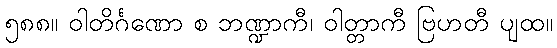
၅၈၈။ ဝါတိင်္ဂဏော စ ဘဏ္ဍာကီ၊ ဝါတ္တာကီ ဗြဟတီ ပျထ။